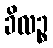
ခိလဉ္စ